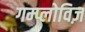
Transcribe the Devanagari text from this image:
गम्प्लोविज़